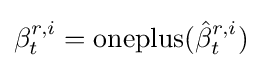
\beta _{t}^{r,i}={\text{oneplus}}({\hat {\beta }}_{t}^{r,i})